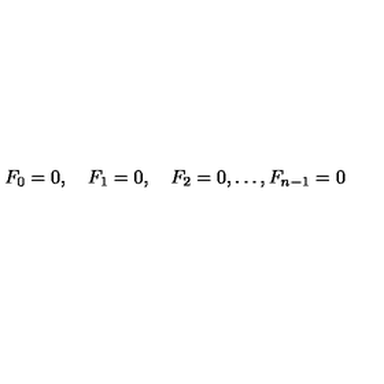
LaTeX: F _ { 0 } = 0 , \quad F _ { 1 } = 0 , \quad F _ { 2 } = 0 , \dots , F _ { n - 1 } = 0